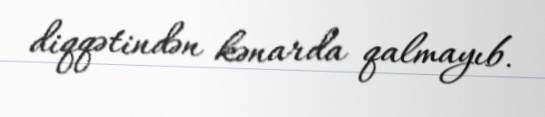
diqqətindən kənarda qalmayıb.